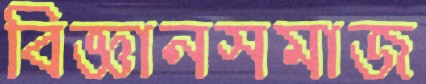
বিজ্ঞানসমাজ